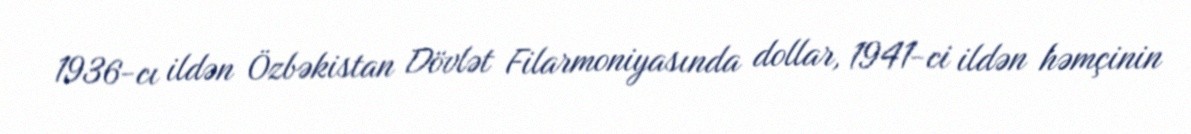
1936-cı ildən Özbəkistan Dövlət Filarmoniyasında dollar, 1941-ci ildən həmçinin